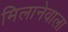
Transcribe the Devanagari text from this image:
मिलानेवाला